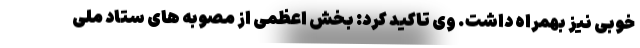
خوبی نیز بهمراه داشت. وی تاکید کرد: بخش اعظمی از مصوبه های ستاد ملی